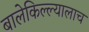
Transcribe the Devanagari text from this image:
बालेकिल्ल्यालाच